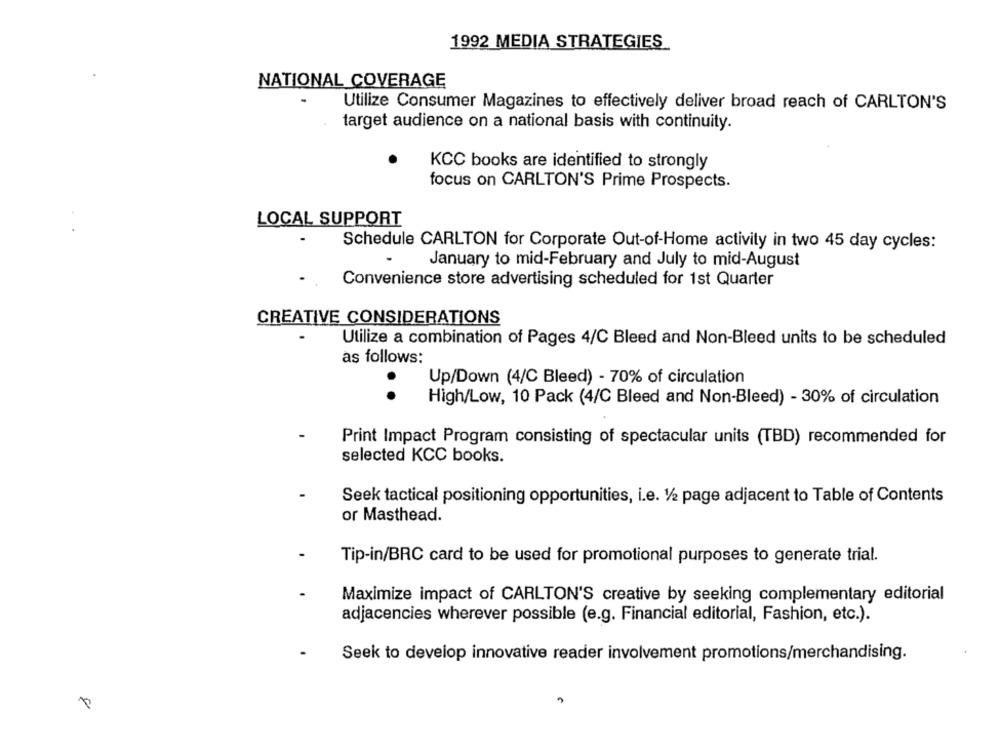
1992 MEDIA STRATEGIES
NATIONAL COVERAGE
Utilize Consumer Magazines to effectively deliver broad reach of CARLTON'S
target audience on a national basis with continuity.
KCC books are identified to strongly
focus on CARLTON'S Prime Prospects.
LOCAL SUPPORT
Schedule CARLTON for Corporate Out-of-Home activity in two 45 day cycles:
January to mid-February and July to mid-August
Convenience store advertising scheduled for 1st Quarter
CREATIVE CONSIDERATIONS
Utilize a combination of Pages 4/C Bleed and Non-Bleed units to be scheduled
as follows:
Up/Down (4/C Bleed) - 70% of circulation
..
High/Low, 10 Pack (4/C Bleed and Non-Bleed) - 30% of circulation
Print Impact Program consisting of spectacular units (TBD) recommended for
selected KCC books.
Seek tactical positioning opportunities, i.e. V/2 page adjacent to Table of Contents
or Masthead.
Tip-in/BRC card to be used for promotional purposes to generate trial.
Maximize impact of CARLTON'S creative by seeking complementary editorial
adjacencies wherever possible (e.g. Financial editorial, Fashion, etc.).
Seek to develop innovative reader involvement promotions/merchandising.